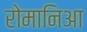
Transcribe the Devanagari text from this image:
रोमानिआ